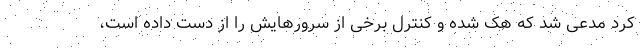
کرد مدعی شد که هک شده و کنترل برخی از سرورهایش را از دست داده است،